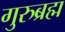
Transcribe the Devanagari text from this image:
गुरुब्रह्म